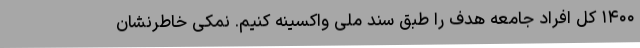
۱۴۰۰ کل افراد جامعه هدف را طبق سند ملی واکسینه کنیم. نمکی خاطرنشان